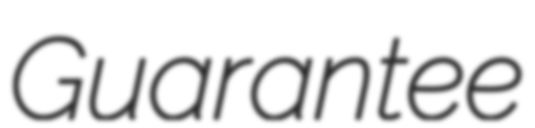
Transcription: Guarantee